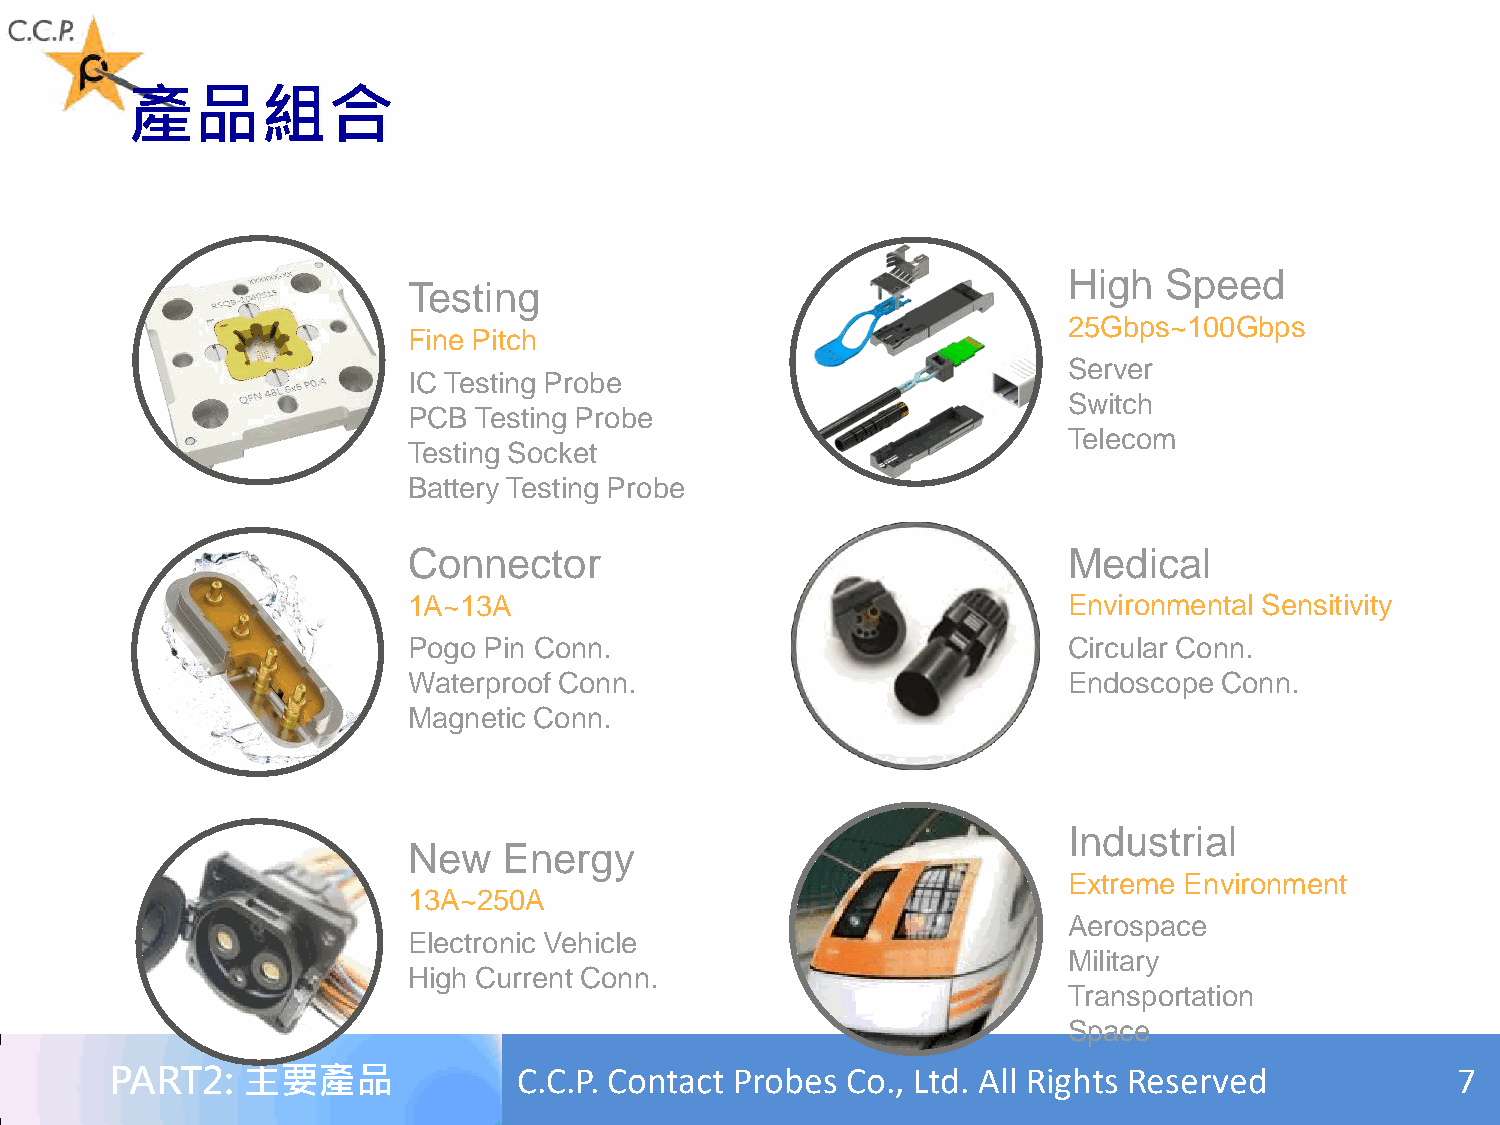
產品組合
 High  Speed
 Testing
 25Gbps~100Gbps
 Fine Pitch
 Server
 IC Testing Probe
 Switch
 PCB Testing Probe
 Telecom
 Testing Socket
 Battery Testing Probe
 Connector                                   Medical
 1A~13A                                      Environmental Sensitivity
 Pogo Pin Conn.                              Circular Conn.
 Waterproof Conn.                            Endoscope Conn.
 Magnetic Conn.
 Industrial
 New   Energy
 Extreme Environment
 13A~250A
 Aerospace
 Electronic Vehicle
 Military
 High Current Conn.
 Transportation
 Space
 PART2:   主要產品              C.C.P. Contact Probes Co., Ltd. All Rights Reserved           7